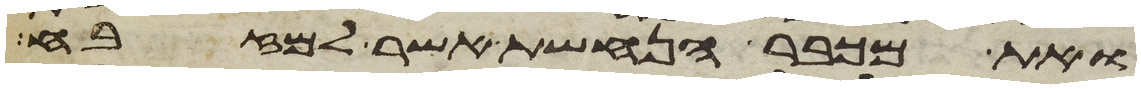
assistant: ואת מכבר הנחשת אשר למזבח